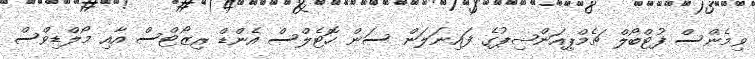
ވިމެންސް ފުޓްބޯލް ޗެމްޕިއަންޝިޕުގެ ފައިނަލަން ސަން ހޮޓެލްސް އެންޑް ރިޒޯޓްސް އާއި މޯލްޑިވްސް